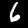
Label: 6